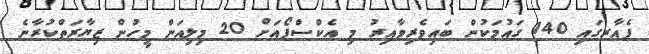
ފެއާރގައި 140 ގައުމަކުން ބައިވެރިވާއިރު މި އެކްސްޕޯއަށް 20 މިލިއަން މީހުން ޒިޔާރަތްކުރާނެ